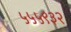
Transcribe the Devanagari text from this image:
५५५९३२